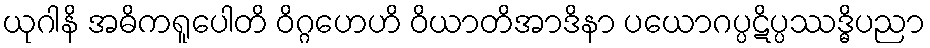
ယုဂါနိ အဓိကရူပေါတိ ဝိဂ္ဂဟေဟိ ဝိယာတိအာဒိနာ ပယောဂပ္ပဋိပ္ပဿဒ္ဓိပညာ